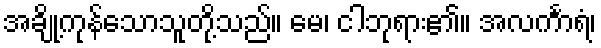
အချို့ကုန်သောသူတို့သည်။ မေ၊ ငါဘုရား၏။ အလင်္ကာရံ၊